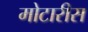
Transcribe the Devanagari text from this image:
मोटारीस